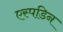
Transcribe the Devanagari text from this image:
एस्पडिन